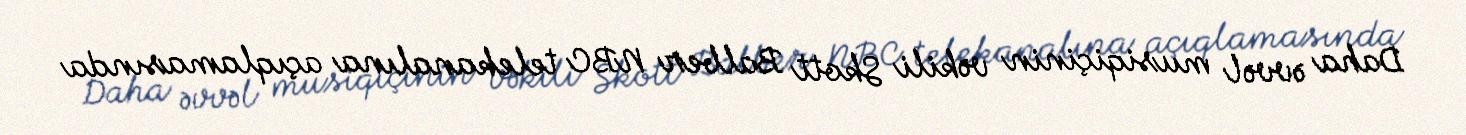
Daha əvvəl musiqiçinin vəkili Skott Balber NBC telekanalına açıqlamasında